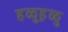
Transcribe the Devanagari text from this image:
हळुह़ळु